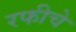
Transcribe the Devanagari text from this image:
रफीचे